Report of the Municipal Commissioner on the plague in Bombay for the year ending 31st May... - Volume 1
Disease focus: Plague
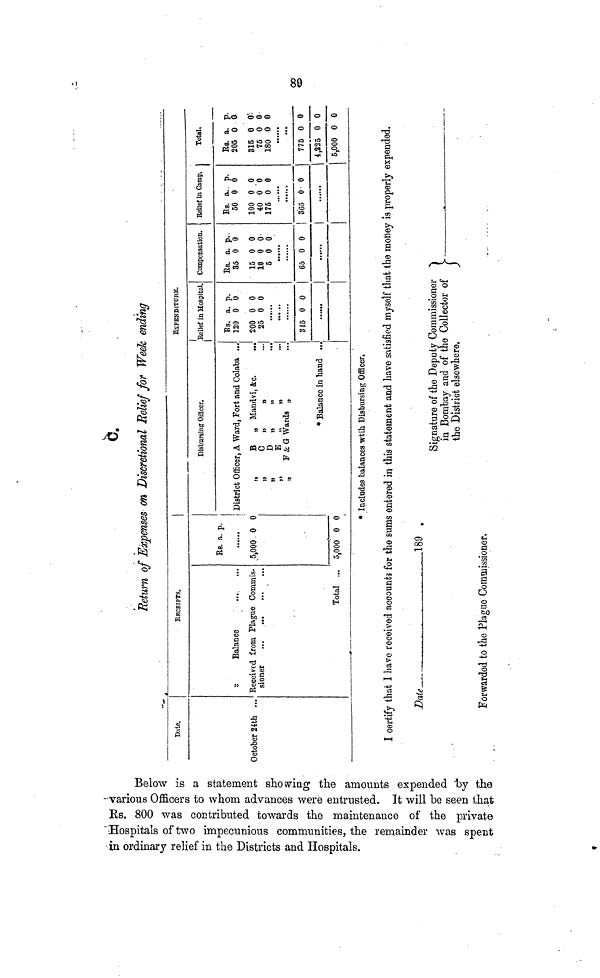
89
c.
Return of Expenses on Discretional Relief for Week ending
Dale.
October 2ith ...
RECEIPTS.
Eeccivcd from Plague Commis-
Total ...
Rs. a. p.
5,000 0 0
5,000 0 0
EXPENDITURE.
Disbursing Officer.
District Officer, A Ward, Fort and Colaba ...
,,
B „ Mandvi, ice.
"
C"
"
"
"
"
"
"
E
"
"
„
F & G Wards „
* Balance in hand ...
Relief in Hospital.
Rs. a. p.
120 0 0
200 0 0
25 0 0
315 0 0
Compensation.
Rs. a. p.
35 0 0
15 0 0
10 0 0
5 0 0
65 0 0
Relief in Camp.
Rs. a. p.
50 0 0
100 0 0
40 0 0
175 0 0
......
365 0 0
Total.
Rs. a. p
205 0 0
315 0 0
75 0 0
180 0 0
......
...
775 0 0
4,225 0 0
5,000 0 0
* Includes balances wtih Disbursing Officer.
I certify that I have received accounts for the sums entered in this statement and have satisfied myself that the money is properly expended.
Data
. - 189 .
Signature of the Deputy Commissioner
in Bombay and of the Collector of
the District
elsewhere.
Forwarded to tho Plaguo Commissioner.
Below is a statement showing the amount expended by the
various Officers to whom advances were entrusted. It will be seen that
Rs. 800 was contributed towards the maintenance of the private
Hospitals of two impeunious communities, the remainder was spent
in ordinary relief in the Districts and Hospitals.